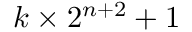
k \times 2 ^ { n + 2 } + 1